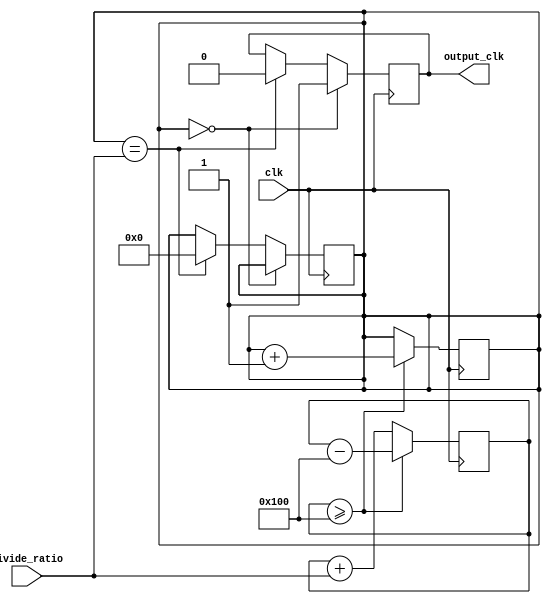
module fractional_clock_divider (
    input wire clk,                   // Input clock signal
    input wire [7:0] divide_ratio,    // Fractional division ratio
    output reg output_clk            // Output clock signal
);

reg [7:0] count;
reg [15:0] accumulator;

always @(posedge clk) begin
    accumulator <= accumulator + divide_ratio;
    if (accumulator >= 256) begin
        count <= count + 1;
        accumulator <= accumulator - 256;
    end
end

always @(posedge clk) begin
    if (count == 0) begin
        output_clk <= 1'b1;
    end else if (count == divide_ratio) begin
        output_clk <= 1'b0;
        count <= 0;
    end
end

endmodule